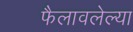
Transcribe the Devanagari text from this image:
फैलावलेल्या